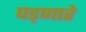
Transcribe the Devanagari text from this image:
घड्णारे